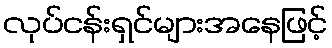
လုပ်ငန်းရှင်များအနေဖြင့်